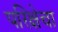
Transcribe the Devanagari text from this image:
परिक्षेचा